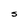
Character: S